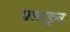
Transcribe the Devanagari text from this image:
पछाडून